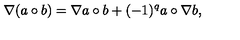
\nabla ( a \circ b ) = \nabla a \circ b + ( - 1 ) ^ { q } a \circ \nabla b ,